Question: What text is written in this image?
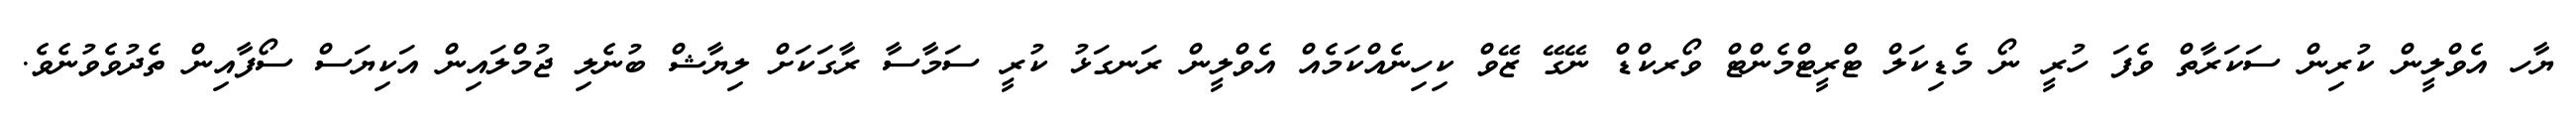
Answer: ޔާހ އެވްލީން ކުރިން ސަކަރާތް ވެފަ ހުރީ ނޯ މެޑިކަލް ޓްރީޓްމެންޓް ވޯރކްޑް ނޭގޭ ޒޭވް ކިހިނެއްކަމެއް އެވްލީން ރަނގަޅު ކުރީ ސަމާސާ ރާގަކަށް ލިޔާޝް ބުނެލި ޖުމްލައިން އަކިޔަސް ސޯފާއިން ތެދުވެވުނެވެ.